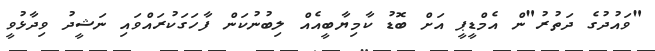
"ވައުދުގެ ދަތުރު"ން އެމްޑީޕީ އަށް ބޮޑު ކާމިޔާބީއެއް ލިބުނުކަން ފާހަގަކުރައްވައި ނަޝީދު ވިދާޅުވީ